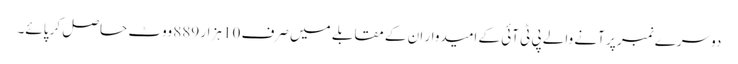
دوسرے نمبر پر آنے والے پی ٹی آئی کے امیدوار ان کے مقابلے میں صرف 10 ہزار 889 ووٹ حاصل کر پائے۔